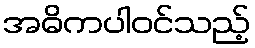
အဓိကပါဝင်သည့်